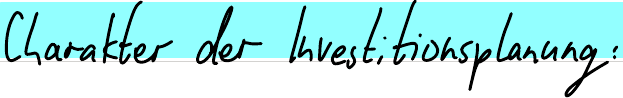
Charakter der Investitionsplanung: